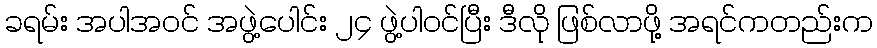
ခရမ်း အပါအဝင် အဖွဲ့ပေါင်း ၂၄ ဖွဲ့ပါဝင်ပြီး ဒီလို ဖြစ်လာဖို့ အရင်ကတည်းက